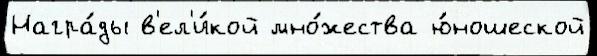
Награ́ды в'ел'и́кой мно́жества ю́ношеской